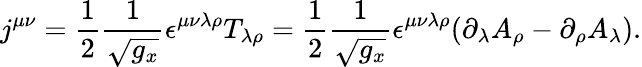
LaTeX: j^{\mu\nu}=\frac 12\frac 1{\sqrt{g_{x}}}\epsilon^{\mu\nu\lambda\rho}T_{\lambda\rho}=\frac 12\frac 1{\sqrt{g_{x}}}\epsilon^{\mu\nu\lambda\rho}(\partial_{\lambda}A_{\rho}-\partial_{\rho}A_{\lambda}).